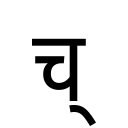
OCR:
च्